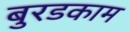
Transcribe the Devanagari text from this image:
बुरडकाम